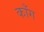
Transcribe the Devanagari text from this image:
कॉंग